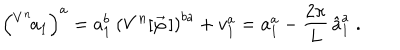
LaTeX: \left( ^ { V ^ { n } } { \! a } _ { 1 } \right) ^ { a } = a _ { 1 } ^ { b } \: \left( V ^ { n } [ \vec { \varphi } \, ] \right) ^ { b a } + v _ { 1 } ^ { a } = a _ { 1 } ^ { a } - \frac { 2 \pi } { L } \, \hat { a } _ { 1 } ^ { a } \; .